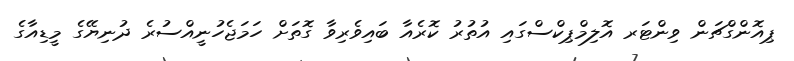
ޕިއޮންގްޗަން ވިންޓަރ އޮލިމްޕިކްސްގައި އުތުރު ކޮރެއާ ބައިވެރިވާ ގޮތަށް ހަމަޖެހުނީއްސުރެ ދުނިޔޭގެ މީޑިއާގެ